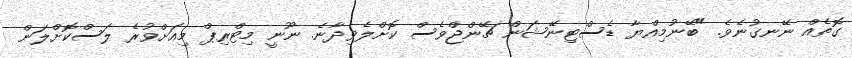
ގޮތެއް ނޭނގުނެވެ. "ބޭނުމިއްޔާ ޑެސްޓިނޭޝަން ޗޭންޖްވެސް ކޮށްލެވިދާނެ. ނޫނީ މިޓްރިޕް މިއަށްވުރެ ލަސްކޮށްލަން